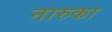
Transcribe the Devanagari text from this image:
नारुका